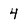
Character: 4